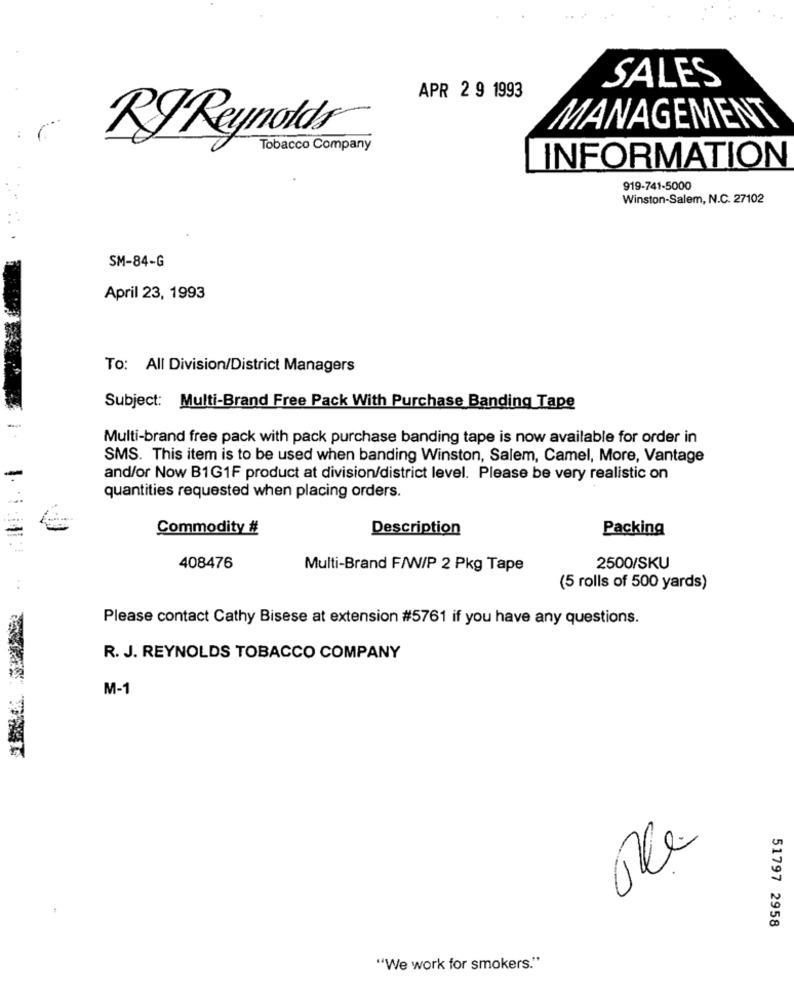
SALES
APR 2 9 1993
MANAGEMENT
RJ Reynolds
Tobacco Company
INFORMATION
919-741-5000
Winston-Salem, N.C. 27102
SM-84-G
April 23, 1993
To: All Division/District Managers
Subject: Multi-Brand Free Pack With Purchase Banding Tape
Multi-brand free pack with pack purchase banding tape is now available for order in
SMS. This item is to be used when banding Winston, Salem, Camel, More, Vantage
and/or Now B1G1F product at division/district level. Please be very realistic on
quantities requested when placing orders.
Commodity #
Description
Packing
408476
Multi-Brand F/W/P 2 Pkg Tape
2500/SKU
..
(5 rolls of 500 yards)
Please contact Cathy Bisese at extension #5761 if you have any questions.
R. J. REYNOLDS TOBACCO COMPANY
M-1
51797 2958
"We work for smokers."